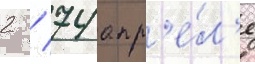
2 / 74 апр'е́л'е